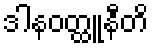
ဒါနဝတ္ထူနီတိ